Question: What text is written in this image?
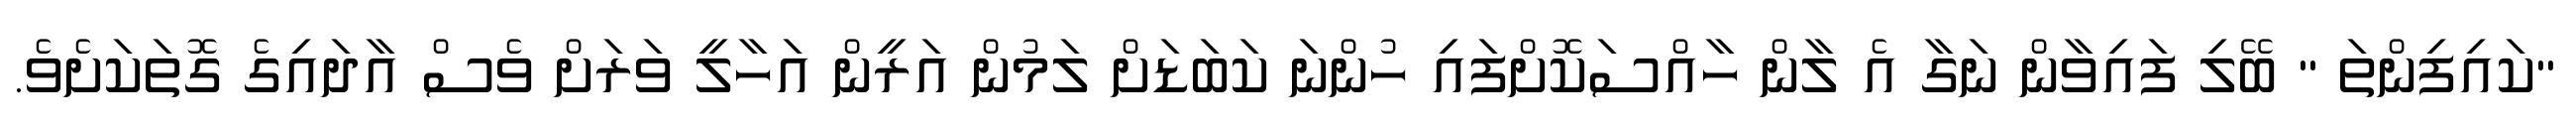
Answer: "ކައިފިންތަ " ބޭލި ފައިވާން ނަގާ އެ ލާން ހާއްސަކޮށްފައި ހުންނަ ކަބަޑަށް ލަމުން އަރީން އަހާލީ ވަރަށް ވެސް އާދައިގެ ގޮތަކަށެވެ.